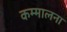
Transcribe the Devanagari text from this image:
कम्मालना